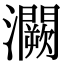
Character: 灍